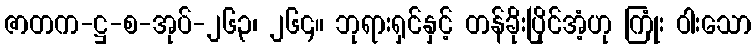
ဇာတက-ဋ္ဌ-စ-အုပ်-၂၆၃၊ ၂၆၄။ ဘုရားရှင်နှင့် တန်ခိုးပြိုင်အံ့ဟု ကြုံး ဝါးသော